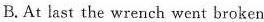
B.At last the wrench went bro ken